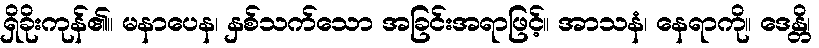
ရှိခိုးကုန်၏။ မနာပေန၊ နှစ်သက်သော အခြင်းအရာဖြင့်။ အာသနံ၊ နေရာကို။ ဒေန္တိ၊